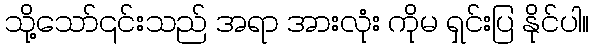
သို့သော်၎င်းသည် အရာ အားလုံး ကိုမ ရှင်းပြ နိုင်ပါ။